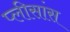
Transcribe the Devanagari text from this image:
प्लीसांस